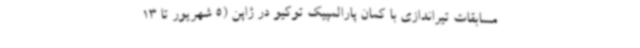
مسابقات تیراندازی با کمان پارالمپیک توکیو در ژاپن (5 شهریور تا 13